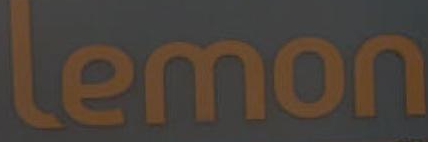
lemon